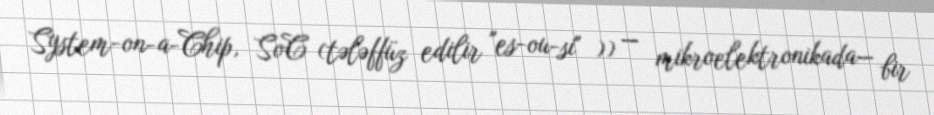
System-on-a-Chip, SoC (tələffüz edilir "es-ou-si" )) — mikroelektronikada— bir